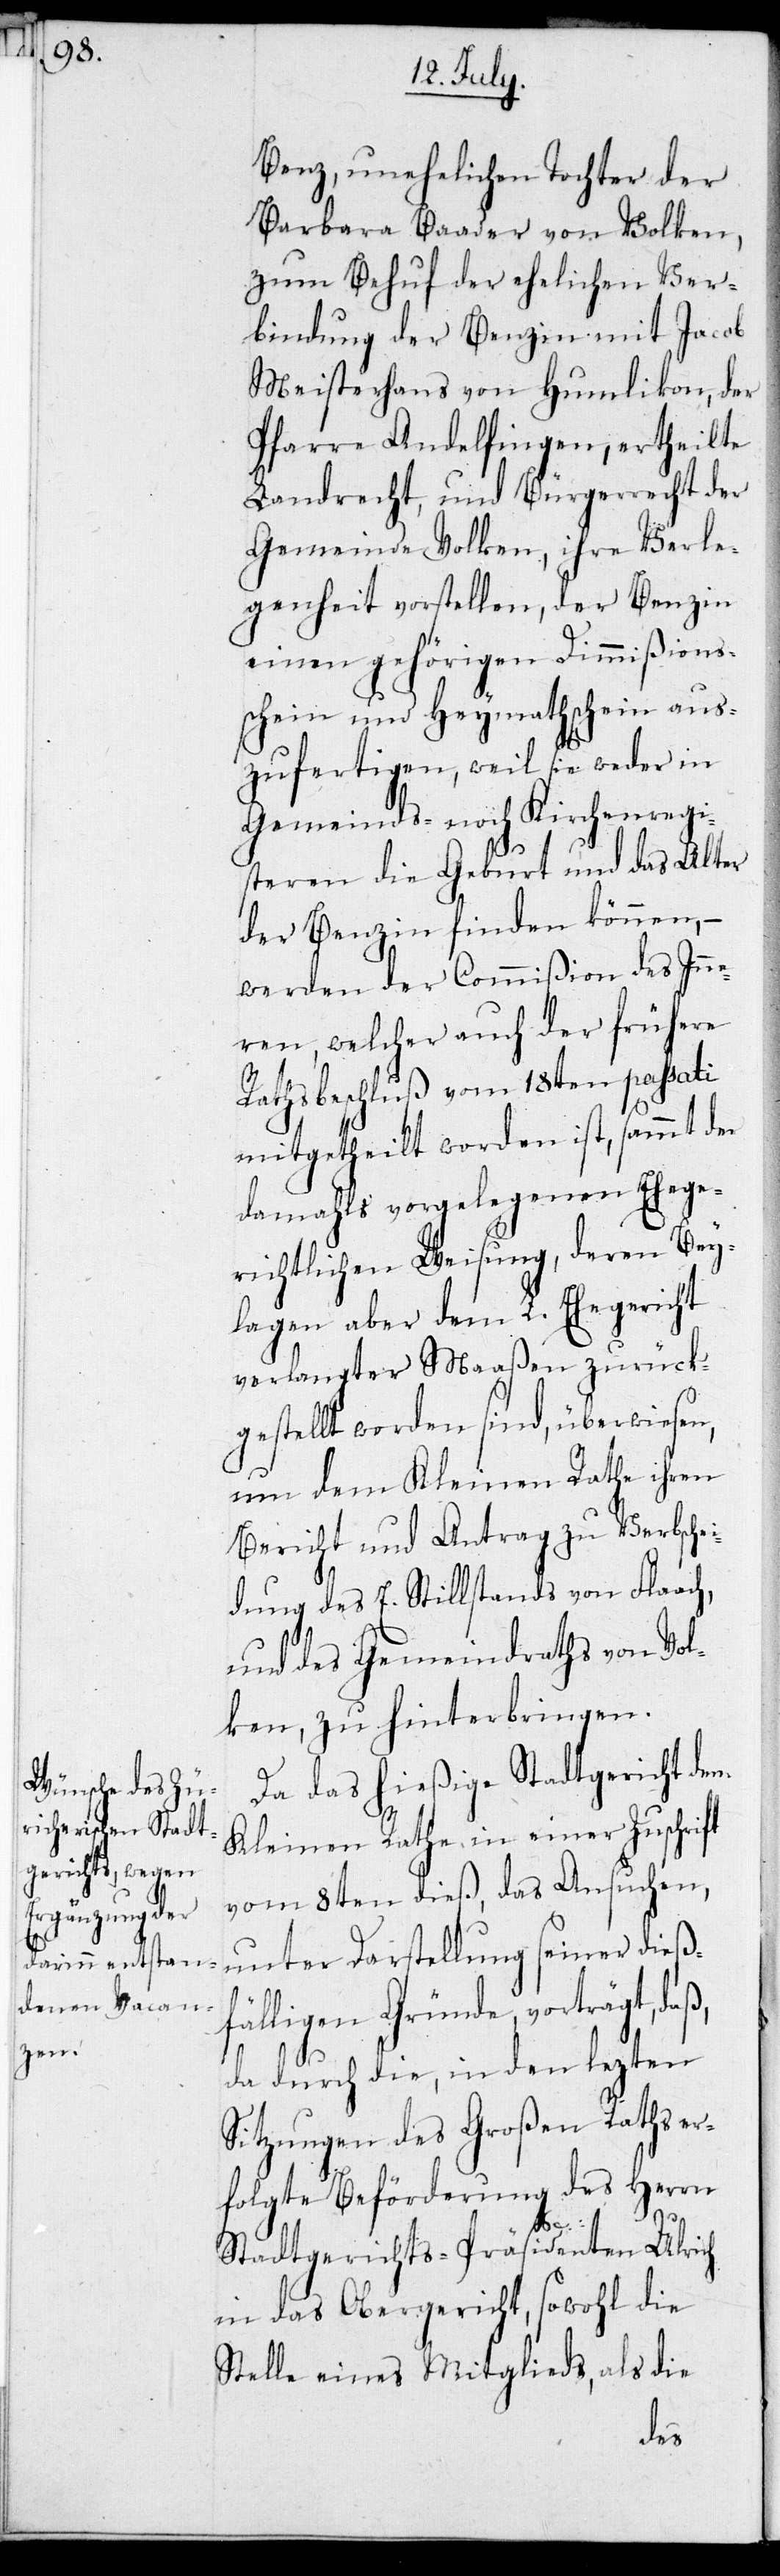
Benz, uneheliche Tochter der
Barbara Baader von Volken,
zum Behuf der ehelichen Ver¬
bindung der Benzin mit Jacob
Meisterhans von Humlikon, der
Pfarre Andelfingen, ertheilte
Landrecht, und Bürgerrecht der
Gemeinde Volken, ihre Verle¬
genheit vorstellen, der Benzin
einen gehörigen Dimmißions¬
schein und Heymathschein aus¬
zufertigen, weil sie weder in
Gemeinds- noch Kirchenregi¬
steren die Geburt und das Alter
der Benzin finden können, –
werden der Commißion des Inne¬
ren, welcher auch der frühere
Rathsbeschluß vom 18ten passati
mitgetheilt worden ist, sammt der
damahls vorgelegenen Ehege¬
richtlichen Weisung, deren Bey¬
lagen aber dem L. Ehegericht
verlangter Maaßen zurück¬
gestellt worden sind, überwiesen,
um dem Kleinen Rathe ihren
Bericht und Antrag zu Verbschei¬
dung des E. Stillstands von Flaach,
und des Gemeindraths von Vol¬
ken, zu hinterbringen.
Da das hießige Stadtgericht dem
Kleinen Rathe in einer Zuschrift
vom 8ten dieß, das Ansuchen,
unter Darstellung seiner dieß¬
fälligen Gründe, vorträgt, daß,
da durch die, in den lezten
Sitzungen des Großen Raths er¬
folgte Beförderung des Herrn
Stadtgerichts-Präsidenten Ulrich
in das Obergericht, sowohl die
Stelle eines Mitglieds, als die